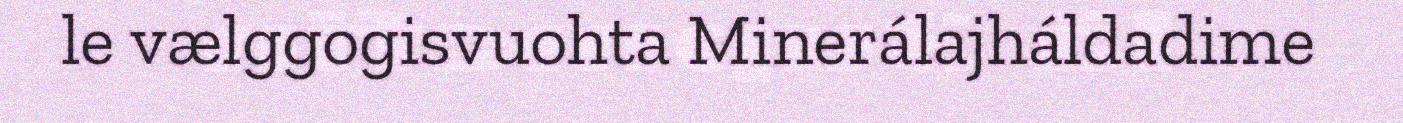
le vælggogisvuohta Minerálajháldadime